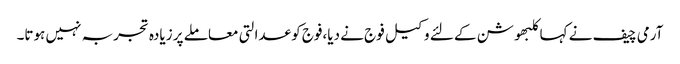
آرمی چیف نے کہاکلبھوشن کے لئے وکیل فوج نے دیا،فوج کو عدالتی معاملے پر زیادہ تجربہ نہیں ہوتا۔